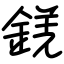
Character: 錓